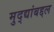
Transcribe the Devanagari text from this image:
मुद्द्यांबद्दल